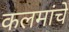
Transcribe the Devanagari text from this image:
कलमांचे